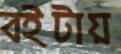
বইটায়